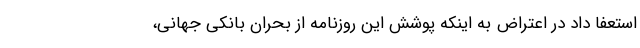
استعفا داد در اعتراض به اینکه پوشش این روزنامه از بحران بانکی جهانی،